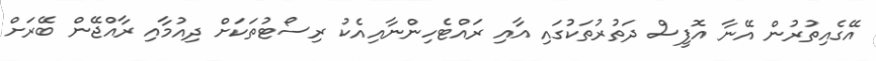
އޭގެއިތުރުން އޭނާ އޮފީސް ދަތުރުތަކުގައި އާއި ރައްޓެހިންނާއިއެކު ރިސޯޓުތަކަށް ދިއުމާއި ރާއްޖޭން ބޭރަށް